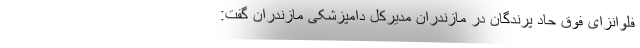
فلوانزای فوق حاد پرندگان در مازندران مدیرکل دامپزشکی مازندران گفت: